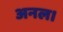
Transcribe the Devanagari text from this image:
अनल।